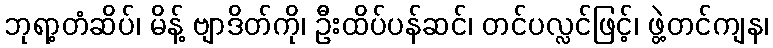
ဘုရာ့တံဆိပ်၊ မိန့် ဗျာဒိတ်ကို၊ ဦးထိပ်ပန်ဆင်၊ တင်ပလ္လင်ဖြင့်၊ ဖွဲ့တင်ကျန၊